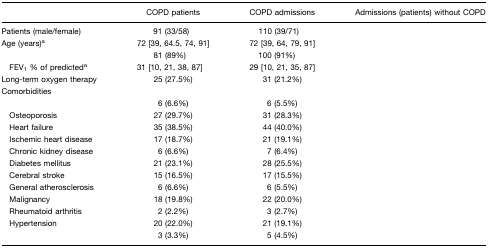
<table><thead><tr><td>[EMPTY_CELL]</td><td><b>COPD patients</b></td><td><b>COPD admissions</b></td><td><b>Admissions (patients) without COPD</b></td></tr></thead><tbody><tr><td>Patients (male/female)</td><td>91 (33/58)</td><td>110 (39/71)</td><td>[EMPTY_CELL]</td></tr><tr><td>Age (years)a</td><td>72 [39, 64.5, 74, 91]</td><td>72 [39, 64, 79, 91]</td><td>[EMPTY_CELL]</td></tr><tr><td>[EMPTY_CELL]</td><td>81 (89%)</td><td>100 (91%)</td><td>[EMPTY_CELL]</td></tr><tr><td> FEV<sub>1</sub> % of predicteda</td><td>31 [10, 21, 38, 87]</td><td>29 [10, 21, 35, 87]</td><td>[EMPTY_CELL]</td></tr><tr><td>Long-term oxygen therapy</td><td>25 (27.5%)</td><td>31 (21.2%)</td><td>[EMPTY_CELL]</td></tr><tr><td>Comorbidities</td><td>[EMPTY_CELL]</td><td>[EMPTY_CELL]</td><td>[EMPTY_CELL]</td></tr><tr><td>[EMPTY_CELL]</td><td>6 (6.6%)</td><td>6 (5.5%)</td><td>[EMPTY_CELL]</td></tr><tr><td> Osteoporosis</td><td>27 (29.7%)</td><td>31 (28.3%)</td><td>[EMPTY_CELL]</td></tr><tr><td> Heart failure</td><td>35 (38.5%)</td><td>44 (40.0%)</td><td>[EMPTY_CELL]</td></tr><tr><td> Ischemic heart disease</td><td>17 (18.7%)</td><td>21 (19.1%)</td><td>[EMPTY_CELL]</td></tr><tr><td> Chronic kidney disease</td><td>6 (6.6%)</td><td>7 (6.4%)</td><td>[EMPTY_CELL]</td></tr><tr><td> Diabetes mellitus</td><td>21 (23.1%)</td><td>28 (25.5%)</td><td>[EMPTY_CELL]</td></tr><tr><td> Cerebral stroke</td><td>15 (16.5%)</td><td>17 (15.5%)</td><td>[EMPTY_CELL]</td></tr><tr><td> General atherosclerosis</td><td>6 (6.6%)</td><td>6 (5.5%)</td><td>[EMPTY_CELL]</td></tr><tr><td> Malignancy</td><td>18 (19.8%)</td><td>22 (20.0%)</td><td>[EMPTY_CELL]</td></tr><tr><td> Rheumatoid arthritis</td><td>2 (2.2%)</td><td>3 (2.7%)</td><td>[EMPTY_CELL]</td></tr><tr><td> Hypertension</td><td>20 (22.0%)</td><td>21 (19.1%)</td><td>[EMPTY_CELL]</td></tr><tr><td>[EMPTY_CELL]</td><td>3 (3.3%)</td><td>5 (4.5%)</td><td>[EMPTY_CELL]</td></tr></tbody></table>